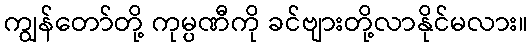
ကျွန်တော်တို့ ကုမ္ပဏီကို ခင်ဗျားတို့လာနိုင်မလား။